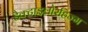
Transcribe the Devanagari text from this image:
डैक्टाइलोरहिज्म